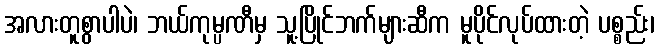
အလားတူစွာပါပဲ၊ ဘယ်ကုမ္ပဏီမှ သူ့ပြိုင်ဘက်များဆီက မူပိုင်လုပ်ထားတဲ့ ပစ္စည်း၊